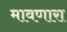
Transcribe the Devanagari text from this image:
मावणारा